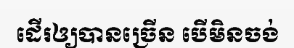
ដើរឲ្យបានច្រើន បើមិនចង់